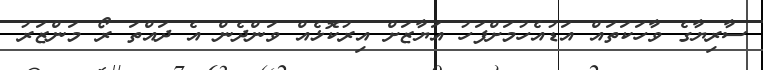
ސާރިޔާގެ ވާހަކަތައް އަޑުއެހުމަށްފަހު އަޔާޒަށް އިރުކޮޅެއް ވަންދެން އެ ދައްތަ ރޯ މަންޒަރު